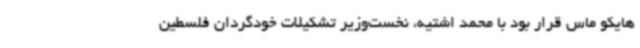
هایکو ماس قرار بود با محمد اشتیه، نخست‌وزیر تشکیلات خودگردان فلسطین